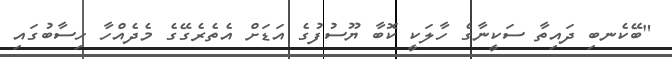
"ބޭކެނބި ދައިތާ ސަކީނާގެ ހާލަކީ ކޮބާ ޔޫސުފުގެ އަޑަށް އެތެރެގޭގެ މެދެއްހާ ހިސާބުގައި